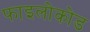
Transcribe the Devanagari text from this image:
फाइलोकोड